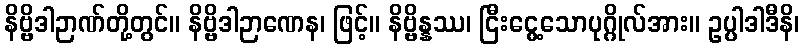
နိဗ္ဗိဒါဉာဏ်တို့တွင်။ နိဗ္ဗိဒါဉာဏေန၊ ဖြင့်။ နိဗ္ဗိန္နဿ၊ ငြီးငွေ့သောပုဂ္ဂိုလ်အား။ ဥပ္ပါဒါဒီနိ၊